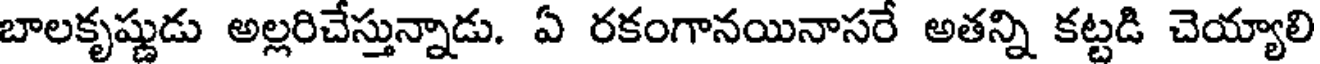
బాలకృష్ణుడు అల్లరిచేస్తున్నాడు. ఏ రకంగానయినాసరే అతన్ని కట్టడి చెయ్యాలి